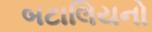
બટાલિયનો